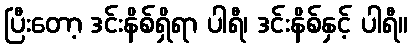
ပြီးတော့ ဒင်းနိစ်ရှိရာ ပါရီ၊ ဒင်းနိစ်နှင့် ပါရီ။